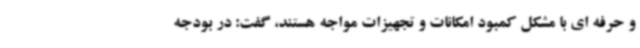
و حرفه ای با مشکل کمبود امکانات و تجهیزات مواجه هستند، گفت: در بودجه